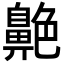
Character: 𦫱